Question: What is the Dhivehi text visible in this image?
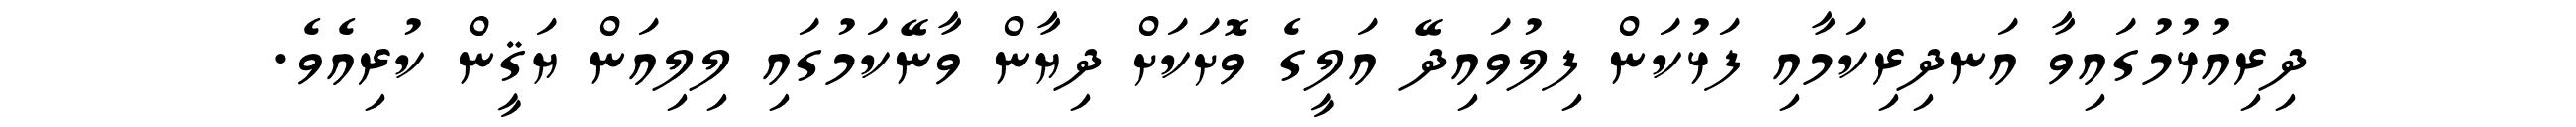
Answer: ދިރިއުޅުމުގައިވާ އަނދިރިކަމާއި ފަޅުކަން ފިލުވައިދޭ އަލީގެ ވޮށަކަށް ދިޔާން ވާނޭކަމުގައި ލިލިއަން ޔަޤީން ކުރިއެވެ.